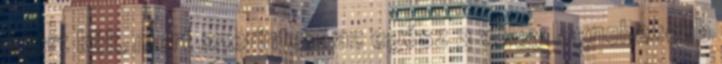
miért kék, mert szerintem az egész 3 völgy legnehezebb